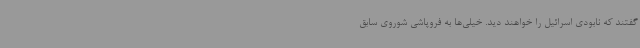
گفتند که نابودی اسرائیل را خواهند دید. خیلی‌ها به فروپاشی شوروی سابق